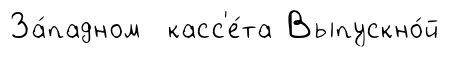
За́падном касс'е́та Выпускно́й